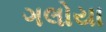
ગલોયા